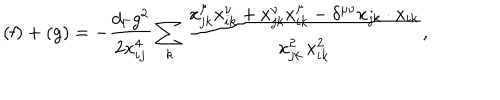
LaTeX: \mathrm { ( f ) } + \mathrm { ( g ) } = - \frac { d _ { \Gamma } g ^ { 2 } } { 2 x _ { i j } ^ { 4 } } \sum _ { k } \frac { x _ { j k } ^ { \mu } x _ { i k } ^ { \nu } + x _ { j k } ^ { \nu } x _ { i k } ^ { \mu } - \delta ^ { \mu \nu } x _ { j k } \cdot x _ { i k } } { x _ { j k } ^ { 2 } \, x _ { i k } ^ { 2 } } ,